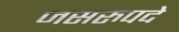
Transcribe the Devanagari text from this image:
जसरुपदे